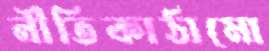
নীতিকাঠামো